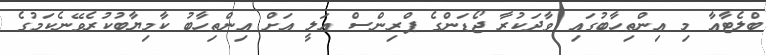
ބްލެޓާއާ މި އިންތިހާބުގައި ވާދަކުރާ ޖޯޑަންގެ ޕްރިންސް އަލީ އަށް އިންތިހާބު ކާމިޔާބުކުރެވޭނެކަމުގެ